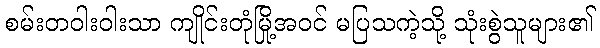
စမ်းတဝါးဝါးသာ ကျိုင်းတုံမြို့အဝင် မပြသကဲ့သို့ သုံးစွဲသူများ၏